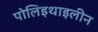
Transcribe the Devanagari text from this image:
पोलिइथाइलीन